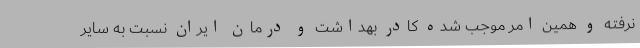
نرفته و همین امر موجب شده کادر بهداشت و درمان ایران نسبت به سایر